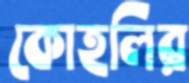
কোহলির